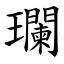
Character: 瓓